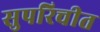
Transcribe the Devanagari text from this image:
सुपरिचीत